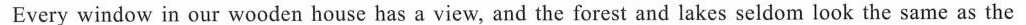
Every window in our wooden house has a view, and the forest and lakes seldom look the same as the